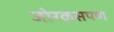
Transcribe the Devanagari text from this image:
जोरकसपण